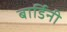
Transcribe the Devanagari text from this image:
बार्डिनी